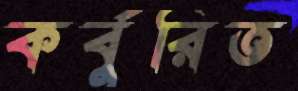
কর্বুরিত